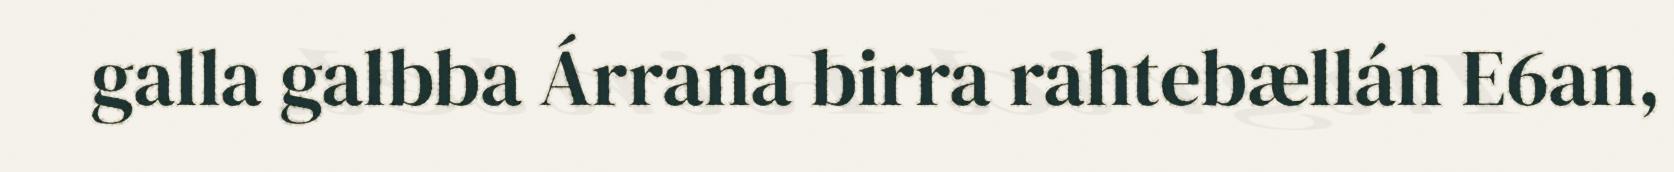
galla galbba Árrana birra rahtebællán E6an,